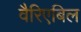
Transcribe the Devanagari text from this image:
वैरिएबिल